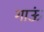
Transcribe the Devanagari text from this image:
गाऊं